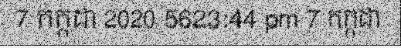
7 កក្កដា 2020 5623:44 pm 7 កក្កដា